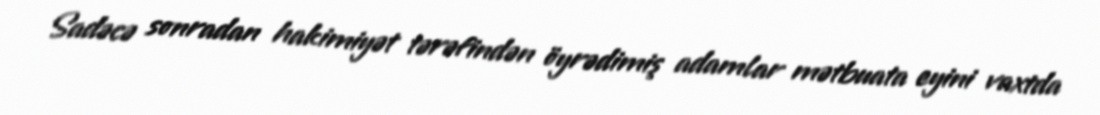
Sadəcə sonradan hakimiyət tərəfindən öyrədimiş adamlar mətbuata eyini vaxtda